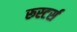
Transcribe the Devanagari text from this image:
रूस्टर्स